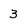
Character: 3